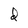
Character: d